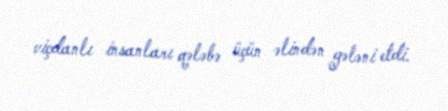
viçdanlı insanları qələbə üçün əlindən gələni etdi.